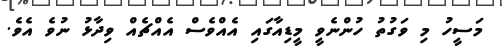
މަސީހު މި ވަގުތު ހުންނެވީ މީޑިއާގައި އެއްވެސް އެއްޗެއް ވިދާޅު ނުވެ އެވެ.